Civil Veterinary Department. Madras. Admin. report 1926-33 - 1926-1933
Year: 1926
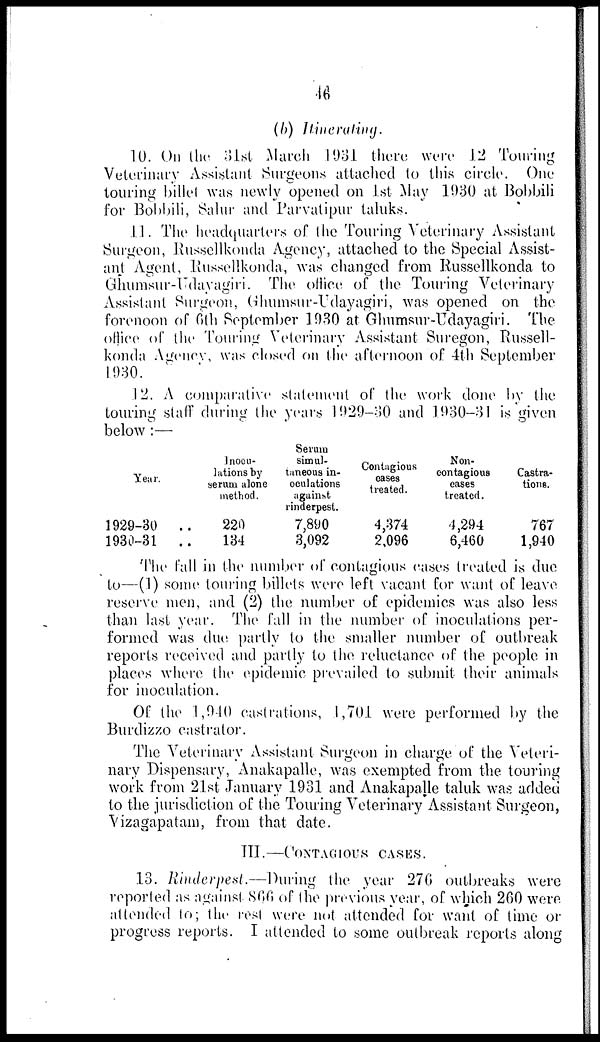
46
(b) Itinerating.
10. On the 31st March 1931 there were 12 Touring
Veterinary Assistant Surgeons attached to this circle. One
touring billet was newly opened on 1st May 1930 at Bobbili
for Bobbili, Salur and Parvatipur taluks.
11. The headquarters of the Touring Veterinary Assistant
Surgeon, Russellkonda Agency, attached to the Special Assist-
ant Agent, Russellkonda, was changed from Russellkonda to
Ghumsur-Udayagiri. The office of the Touring Veterinary
Assistant Surgeon, Ghumsur-Udayagiri, was opened on the
forenoon of 6th September 1930 at Ghumsur-Udayagiri. The
office of the Touring Veterinary Assistant Suregon, Russell-
konda Agency, was closed on the afternoon of 4th September
1930.
12. A comparative statement of the work done by the
touring staff during the years 1929-30 and 1930-31 is given
below :—
Year.
1929-30
..
1930-31
..
Inocu-
lations by
serum alone
method.
220
134
Serum
simul-
taneous in-
oculations
against
rinderpest.
7,890
3,092
Contagious
cases
treated.
4,374
2,096
Non-
contagious
cases
treated.
4,294
6,460
Castra-
tions.
767
1,940
The fall in the number of contagious cases treated is due
to—(1) some touring billets were left vacant for want of leave
reserve men, and (2) the number of epidemics was also less
than last year. The fall in the number of inoculations per-
formed was due partly to the smaller number of outbreak
reports received and partly to the reluctance of the people in
places where the epidemic prevailed to submit their animals
for inoculation.
Of the 1,940 castrations, 1,701 were performed by the
Burdizzo castrator.
The Veterinary Assistant Surgeon in charge of the Veteri-
nary Dispensary, Anakapalle, was exempted from the touring
work from 21st January 1931 and Anakapalle taluk was added
to the jurisdiction of the Touring Veterinary Assistant Surgeon,
Vizagapatam, from that date.
III.—CONTAGIOUS CASES.
13. Rinderpest.—During the year 276 outbreaks were
reported as against 866 of the previous year, of which 260 were
attended to; the rest were not attended for want of time or
progress reports. I attended to some outbreak reports along